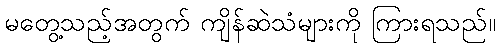
မတွေ့သည့်အတွက် ကျိန်ဆဲသံများကို ကြားရသည်။